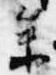
参